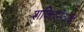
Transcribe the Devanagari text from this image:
शक्तिपीठांची